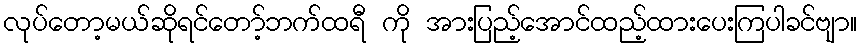
လုပ်တော့မယ်ဆိုရင်တော့်ဘက်ထရီ ကို အားပြည့်အောင်ထည့်ထားပေးကြပါခင်ဗျာ။